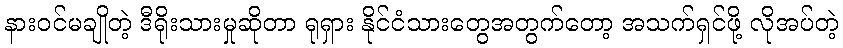
နားဝင်မချိုတဲ့ ဒီရိုးသားမှုဆိုတာ ရုရှား နိုင်ငံသားတွေအတွက်တော့ အသက်ရှင်ဖို့ လိုအပ်တဲ့